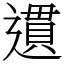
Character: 遦